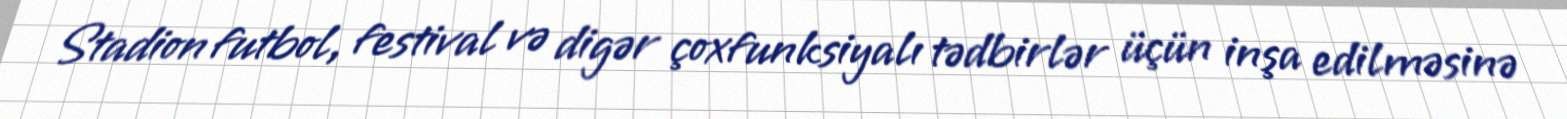
Stadion futbol, festival və digər çoxfunksiyalı tədbirlər üçün inşa edilməsinə